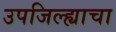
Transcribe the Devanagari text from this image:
उपजिल्ह्याचा